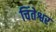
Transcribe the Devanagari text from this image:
चिंतेश्वर